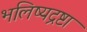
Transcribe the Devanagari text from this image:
भलिष्यद्रष्टा